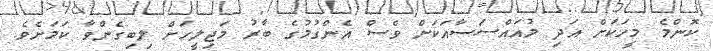
ކޮންމެ މީހަކަށް އަދި މުއައްސަސާއަކަށް ވެސް އެންގުމުގެ ބާރު މަޖިލީހަށް ލިބިގެންވާ ކަމަށެވެ.